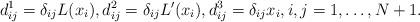
LaTeX: \begin{align*}d_{ij}^1 = \delta_{ij}L(x_i), d_{ij}^2 = \delta_{ij}L'(x_i), d_{ij}^3 = \delta_{ij}x_i, i,j = 1,\dots, N+1.\end{align*}